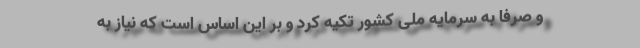
و صرفاً به سرمایه‌ ملی کشور تکیه کرد و بر این اساس است که نیاز به